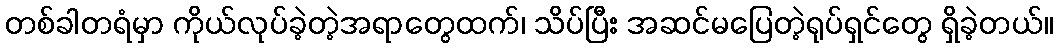
တစ်ခါတရံမှာ ကိုယ်လုပ်ခဲ့တဲ့အရာတွေထက်၊ သိပ်ပြီး အဆင်မပြေတဲ့ရုပ်ရှင်တွေ ရှိခဲ့တယ်။